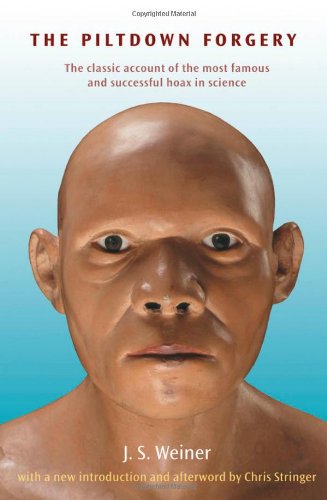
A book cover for The Piltdown Forgery; J. S. Weiner; Science & Math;